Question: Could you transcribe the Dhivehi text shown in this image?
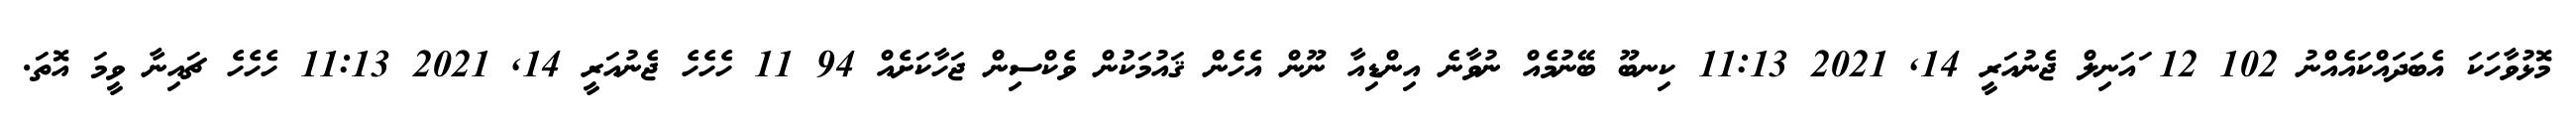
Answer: މޮޅުވާހަކަ އެބަދައްކައެއްނު 102 12 ައަނިލް ޖެނުއަރީ 14, 2021 11:13 ކިނބޫ ބޭނުމެއް ނުވާނެ އިންޑިއާ ނޫން އެހެން ޤައުމަކުން ވެކްސިން ޖަހާކަށެއް 94 11 ހެހެހެ ޖެނުއަރީ 14, 2021 11:13 ހެހެހެ ޗައިނާ ވީމަ އޮތަ.